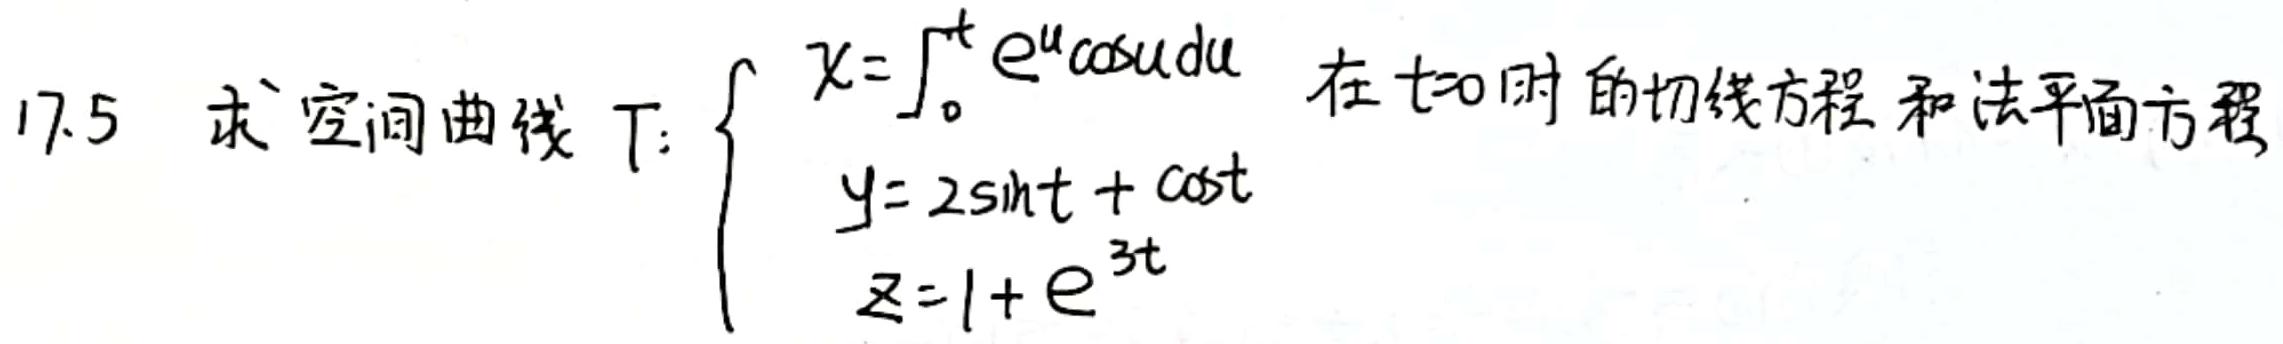
17.5 求空间曲线 $\Gamma$: $\begin{cases}x = \int_{0}^{t} e^{u}\cos udu \\ y = 2\sin t+\cos t \\ z = 1 + e^{3t}\end{cases}$ 在 $t = 0$ 时的切线方程和法平面方程